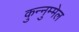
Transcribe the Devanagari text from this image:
कुन्नुम्मेल